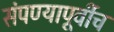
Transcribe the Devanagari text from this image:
संपण्यापूर्वीच